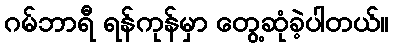
ဂမ်ဘာရီ ရန်ကုန်မှာ တွေ့ဆုံခဲ့ပါတယ်။